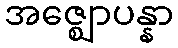
အဇ္ဈောပန္နာ